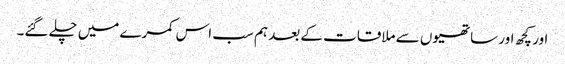
اور کچھ اور ساتھیوں سے ملاقات کے بعد ہم سب اس کمرے میں چلے گئے۔